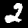
Label: 2